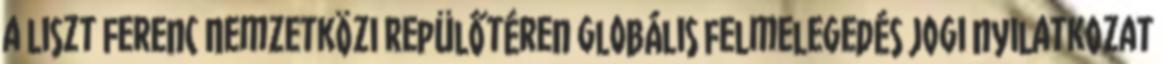
a Liszt Ferenc Nemzetközi Repülőtéren globális felmelegedés Jogi nyilatkozat